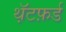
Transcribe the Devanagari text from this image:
थ़ॅटफ़र्ड